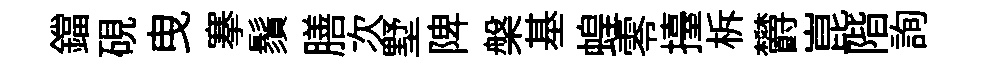
鐺硯曳搴鬚膳次墅陴槃基蝗零擡柝欝崑階詢